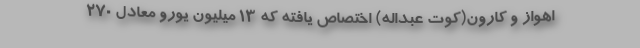
اهواز و کارون(کوت عبداله) اختصاص یافته که ۱۳ میلیون یورو معادل ۲۷۰